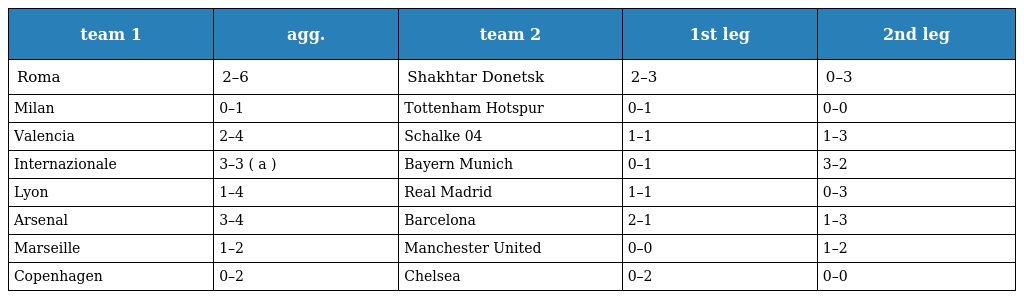
| team 1 | agg. | team 2 | 1st leg | 2nd leg |
 | --- | --- | --- | --- | --- |
 | Roma | 2–6 | Shakhtar Donetsk | 2–3 | 0–3 |
 | Milan | 0–1 | Tottenham Hotspur | 0–1 | 0–0 |
 | Valencia | 2–4 | Schalke 04 | 1–1 | 1–3 |
 | Internazionale | 3–3 ( a ) | Bayern Munich | 0–1 | 3–2 |
 | Lyon | 1–4 | Real Madrid | 1–1 | 0–3 |
 | Arsenal | 3–4 | Barcelona | 2–1 | 1–3 |
 | Marseille | 1–2 | Manchester United | 0–0 | 1–2 |
 | Copenhagen | 0–2 | Chelsea | 0–2 | 0–0 |